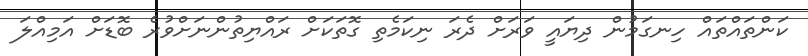
ކަންތައްތައް ހިނގަމުން ދިޔައީ ވަރަށް ދެރަ ނިކަމެތި ގޮތަކަށް ރައްޔިތުންނަށްވުރެ ބޮޑަށް އަމިއްލަ